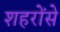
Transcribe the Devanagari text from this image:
शहरोंसे